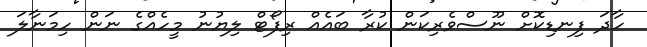
ހާދަ ފިނޑިކޮށް ނޫސްވެރިކަން ކުރާ ބައެއް ރިފޯޓް ލިޔުނު މީހެއްގެ ނަން ހިމަނާލަ